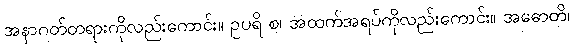
အနာဂတ်တရားကိုလည်းကောင်း။ ဥပရိ စ၊ အထက်အရပ်ကိုလည်းကောင်း။ အဓောတိ၊